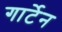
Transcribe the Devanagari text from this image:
गार्टेन